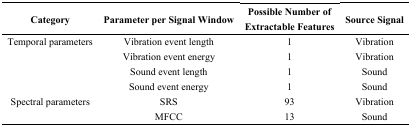
<table><thead><tr><td><b>Category</b></td><td><b>Parameter per Signal Window</b></td><td><b>Possible Number of Extractable Features</b></td><td><b>Source Signal</b></td></tr></thead><tbody><tr><td rowspan="4">Temporal parameters</td><td>Vibration event length</td><td>1</td><td>Vibration</td></tr><tr><td>Vibration event energy</td><td>1</td><td>Vibration</td></tr><tr><td>Sound event length</td><td>1</td><td>Sound</td></tr><tr><td>Sound event energy</td><td>1</td><td>Sound</td></tr><tr><td rowspan="2">Spectral parameters</td><td>SRS</td><td>93</td><td>Vibration</td></tr><tr><td>MFCC</td><td>13</td><td>Sound</td></tr></tbody></table>